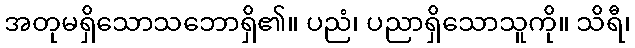
အတုမရှိသောသဘောရှိ၏။ ပညံ၊ ပညာရှိသောသူကို။ သိရီ၊